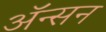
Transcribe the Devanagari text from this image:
अॅन्सन